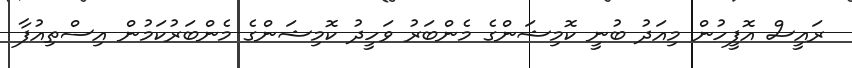
ރައީސް އޮފީހުން މިއަދު ބުނީ ކޮމިޝަންގެ މެންބަރު ވަހީދު ކޮމިޝަންގެ މެންބަރުކަމުން އިސްތިއުފާ